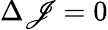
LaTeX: \Delta\mathscr{J}=0